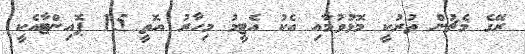
ރޭގެ މެޗުން ތުރުކީ މޮޅުވުމާއި އެކު އެޓީމު މިހާރު އޮތީ 15 ޕޮއިންޓާއެކީ